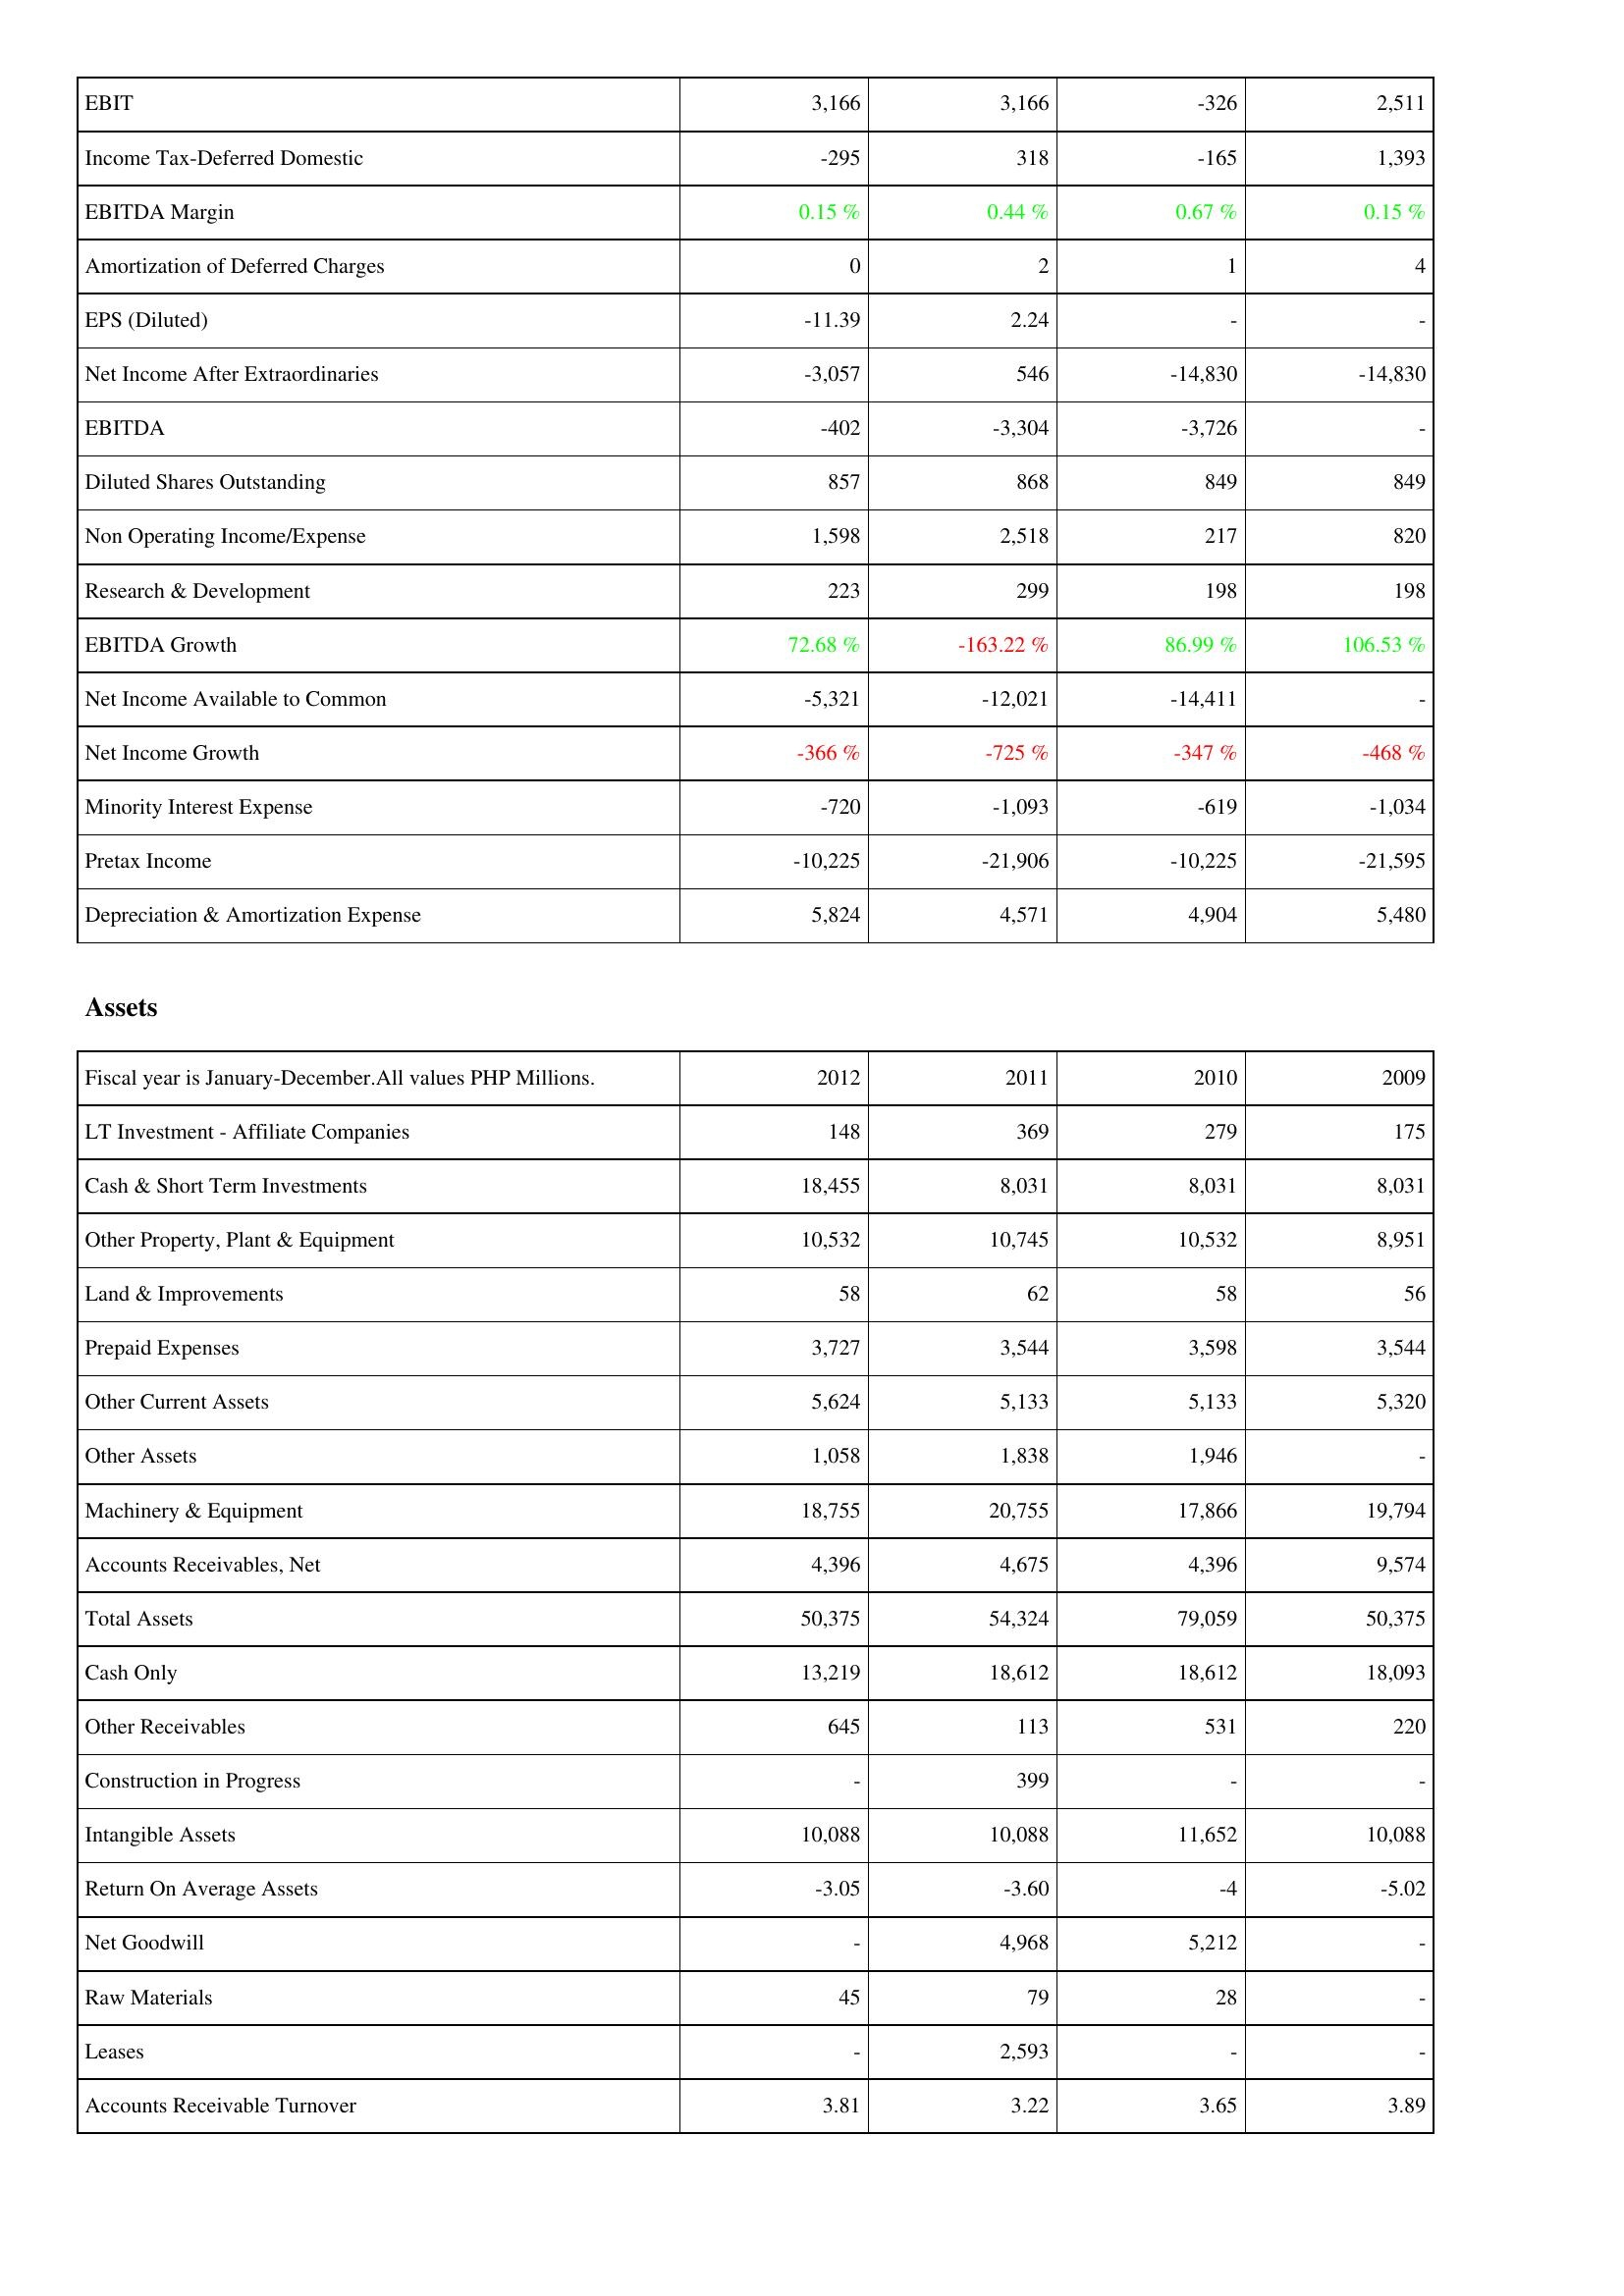
2012: Income Statement: EBIT: 3,166
Income Tax-Deferred Domestic: -295
EBITDA Margin: 0.15 %
Amortization of Deferred Charges: 0
EPS (Diluted): -11.39
Net Income After Extraordinaries: -3,057
EBITDA: -402
Diluted Shares Outstanding: 857
Non Operating Income/Expense: 1,598
Research & Development: 223
EBITDA Growth: 72.68 %
Net Income Available to Common: -5,321
Net Income Growth: -366 %
Minority Interest Expense: -720
Pretax Income: -10,225
Depreciation & Amortization Expense: 5,824
Assets: LT Investment - Affiliate Companies: 148
Cash & Short Term Investments: 18,455
Other Property, Plant & Equipment: 10,532
Land & Improvements: 58
Prepaid Expenses: 3,727
Other Current Assets: 5,624
Other Assets: 1,058
Machinery & Equipment: 18,755
Accounts Receivables, Net: 4,396
Total Assets: 50,375
Cash Only: 13,219
Other Receivables: 645
Construction in Progress: -
Intangible Assets: 10,088
Return On Average Assets: -3.05
Net Goodwill: -
Raw Materials: 45
Leases: -
Accounts Receivable Turnover: 3.81
2011: Income Statement: EBIT: 3,166
Income Tax-Deferred Domestic: 318
EBITDA Margin: 0.44 %
Amortization of Deferred Charges: 2
EPS (Diluted): 2.24
Net Income After Extraordinaries: 546
EBITDA: -3,304
Diluted Shares Outstanding: 868
Non Operating Income/Expense: 2,518
Research & Development: 299
EBITDA Growth: -163.22 %
Net Income Available to Common: -12,021
Net Income Growth: -725 %
Minority Interest Expense: -1,093
Pretax Income: -21,906
Depreciation & Amortization Expense: 4,571
Assets: LT Investment - Affiliate Companies: 369
Cash & Short Term Investments: 8,031
Other Property, Plant & Equipment: 10,745
Land & Improvements: 62
Prepaid Expenses: 3,544
Other Current Assets: 5,133
Other Assets: 1,838
Machinery & Equipment: 20,755
Accounts Receivables, Net: 4,675
Total Assets: 54,324
Cash Only: 18,612
Other Receivables: 113
Construction in Progress: 399
Intangible Assets: 10,088
Return On Average Assets: -3.60
Net Goodwill: 4,968
Raw Materials: 79
Leases: 2,593
Accounts Receivable Turnover: 3.22
2010: Income Statement: EBIT: -326
Income Tax-Deferred Domestic: -165
EBITDA Margin: 0.67 %
Amortization of Deferred Charges: 1
EPS (Diluted): -
Net Income After Extraordinaries: -14,830
EBITDA: -3,726
Diluted Shares Outstanding: 849
Non Operating Income/Expense: 217
Research & Development: 198
EBITDA Growth: 86.99 %
Net Income Available to Common: -14,411
Net Income Growth: -347 %
Minority Interest Expense: -619
Pretax Income: -10,225
Depreciation & Amortization Expense: 4,904
Assets: LT Investment - Affiliate Companies: 279
Cash & Short Term Investments: 8,031
Other Property, Plant & Equipment: 10,532
Land & Improvements: 58
Prepaid Expenses: 3,598
Other Current Assets: 5,133
Other Assets: 1,946
Machinery & Equipment: 17,866
Accounts Receivables, Net: 4,396
Total Assets: 79,059
Cash Only: 18,612
Other Receivables: 531
Construction in Progress: -
Intangible Assets: 11,652
Return On Average Assets: -4
Net Goodwill: 5,212
Raw Materials: 28
Leases: -
Accounts Receivable Turnover: 3.65
2009: Income Statement: EBIT: 2,511
Income Tax-Deferred Domestic: 1,393
EBITDA Margin: 0.15 %
Amortization of Deferred Charges: 4
EPS (Diluted): -
Net Income After Extraordinaries: -14,830
EBITDA: -
Diluted Shares Outstanding: 849
Non Operating Income/Expense: 820
Research & Development: 198
EBITDA Growth: 106.53 %
Net Income Available to Common: -
Net Income Growth: -468 %
Minority Interest Expense: -1,034
Pretax Income: -21,595
Depreciation & Amortization Expense: 5,480
Assets: LT Investment - Affiliate Companies: 175
Cash & Short Term Investments: 8,031
Other Property, Plant & Equipment: 8,951
Land & Improvements: 56
Prepaid Expenses: 3,544
Other Current Assets: 5,320
Other Assets: -
Machinery & Equipment: 19,794
Accounts Receivables, Net: 9,574
Total Assets: 50,375
Cash Only: 18,093
Other Receivables: 220
Construction in Progress: -
Intangible Assets: 10,088
Return On Average Assets: -5.02
Net Goodwill: -
Raw Materials: -
Leases: -
Accounts Receivable Turnover: 3.89